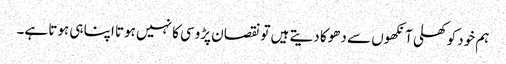
ہم خود کو کھلی آنکھوں سے دھوکا دیتے ہیں تو نقصان پڑوسی کا نہیں ہوتا اپنا ہی ہوتا ہے۔